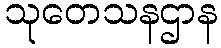
သုတေသနဌာန